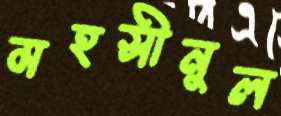
মহসীনুল